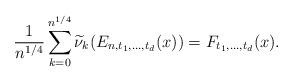
LaTeX: \begin{align*}\frac{1}{n^{1/4}} \sum_{k=0}^{n^{1/4}} \widetilde{\nu}_k(E_{n,t_1, \ldots, t_d}(x)) = F_{t_1,\ldots,t_d}(x).\end{align*}